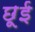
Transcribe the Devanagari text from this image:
छूई